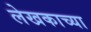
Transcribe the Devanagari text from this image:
लेखकाच्‍या